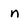
Character: n